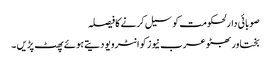
صوبائی دارلحکومت کو سیل کرنے کا فیصلہ
بختاور بھٹو عرب نیوز کو انٹرویو دیتے ہوئے پھٹ پڑیں ۔